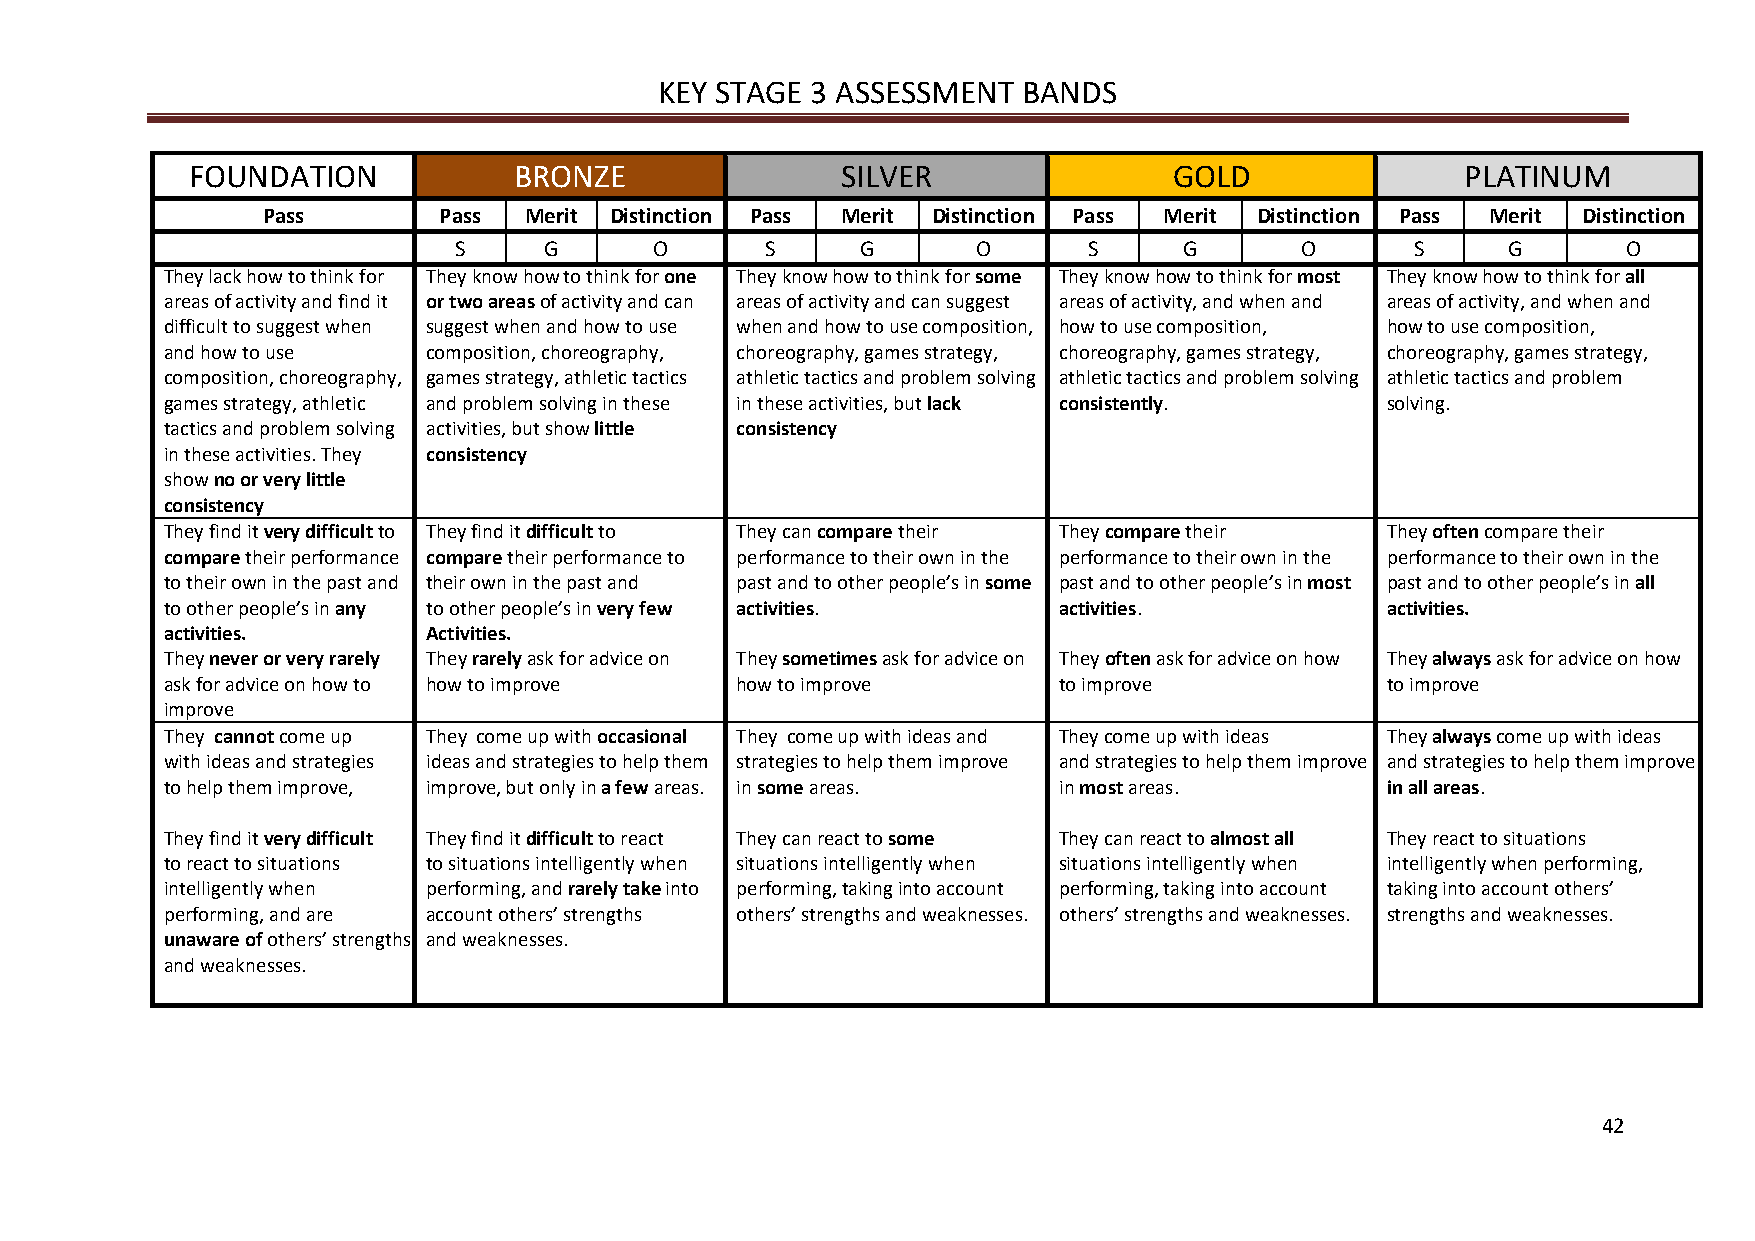
KEY STAGE 3 ASSESSMENT  BANDS
 FOUNDATION           BRONZE                SILVER                GOLD               PLATINUM
 Pass        Pass  Merit Distinction Pass Merit Distinction Pass Merit Distinction Pass Merit Distinction
 S     G      O       S     G       O      S     G       O       S     G       O
 They lack how to think for They know how to think for one They know how to think for some They know how to think for most They know how to think for all
 areas of activity and find it or two areas of activity and can areas of activity and can suggest areas of activity, and when and areas of activity, and when and
 difficult to suggest when suggest when and how to use when and how to use composition, how to use composition, how to use composition,
 and how to use   composition, choreography, choreography, games strategy, choreography, games strategy, choreography, games strategy,
 composition, choreography, games strategy, athletic tactics athletic tactics and problem solving athletic tactics and problem solving athletic tactics and problem
 games strategy, athletic and problem solving in these in these activities, but lack consistently. solving.
 tactics and problem solving activities, but show little consistency
 in these activities. They consistency
 show no or very little
 consistency
 They find it very difficult to They find it difficult to They can compare their They compare their They often compare their
 compare their performance compare their performance to performance to their own in the performance to their own in the performance to their own in the
 to their own in the past and their own in the past and past and to other people’s in some past and to other people’s in most past and to other people’s in all
 to other people’s in any to other people’s in very few activities. activities.   activities.
 activities.      Activities.
 They never or very rarely They rarely ask for advice on They sometimes ask for advice on They often ask for advice on how They always ask for advice on how
 ask for advice on how to how to improve how to improve     to improve            to improve
 improve
 They cannot come up They come up with occasional They come up with ideas and They come up with ideas They always come up with ideas
 with ideas and strategies ideas and strategies to help them strategies to help them improve and strategies to help them improve and strategies to help them improve
 to help them improve, improve, but only in a few areas. in some areas. in most areas. in all areas.
 They find it very difficult They find it difficult to react They can react to some They can react to almost all They react to situations
 to react to situations to situations intelligently when situations intelligently when situations intelligently when intelligently when performing,
 intelligently when performing, and rarely take into performing, taking into account performing, taking into account taking into account others’
 performing, and are account others’ strengths others’ strengths and weaknesses. others’ strengths and weaknesses. strengths and weaknesses.
 unaware of others’ strengths and weaknesses.
 and weaknesses.
 42